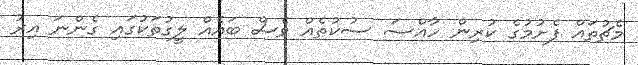
މެޗުތައް ފެށުމުގެ ކުރިން ހާއްސަ ސުކުތެއް ވެސް ބައެއް ލީގުތަކުގައި ގެންނަ އިރު